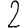
Digit: 2